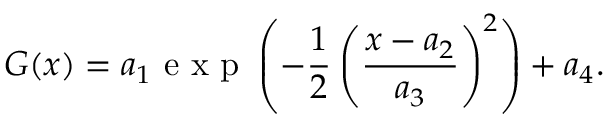
G ( x ) = a _ { 1 } \textrm { e x p } \left( - \frac { 1 } { 2 } \left( \frac { x - a _ { 2 } } { a _ { 3 } } \right) ^ { 2 } \right) + a _ { 4 } .